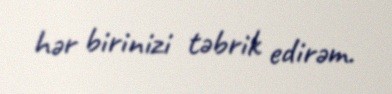
hər birinizi təbrik edirəm.